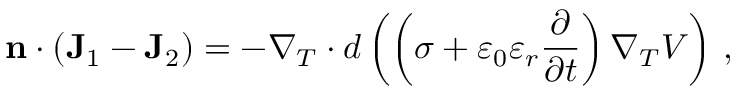
\mathbf { n } \cdot \left( \mathbf { J } _ { 1 } - \mathbf { J } _ { 2 } \right) = - \nabla _ { T } \cdot d \left( \left( \sigma + \varepsilon _ { 0 } \varepsilon _ { r } \frac { \partial } { \partial t } \right) \nabla _ { T } V \right) \, ,